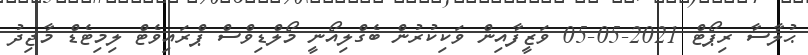
ޙުލާސާ ރިޕޯޓް 2021-05-05 ވަޒީފާއިން ވަކިކުރުން ބެގްލިއޯނީ މޯލްޑިވްސް ޕްރައިވެޓް ލިމިޓެޑް މާޖިދު